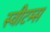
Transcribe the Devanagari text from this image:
स्वीटम्स